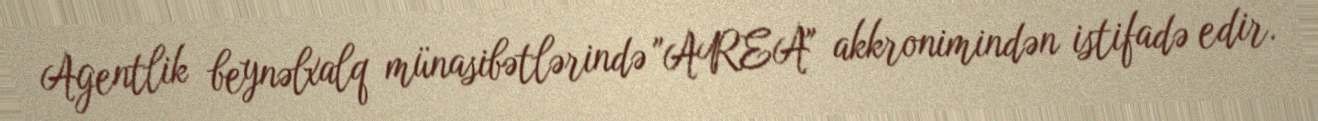
Agentlik beynəlxalq münasibətlərində "AREA" akkronimindən istifadə edir.